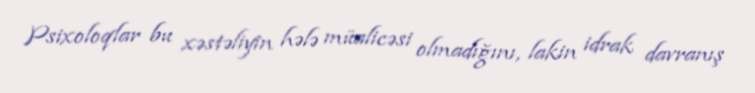
Psixoloqlar bu xəstəliyin hələ müalicəsi olmadığını, lakin idrak davranış